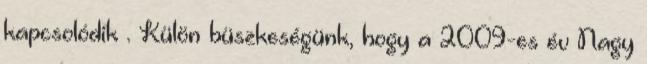
kapcsolódik . Külön büszkeségünk, hogy a 2009-es év Nagy